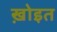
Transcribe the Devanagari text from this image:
ख़ोइत